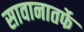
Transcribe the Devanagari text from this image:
सावानातर्फे